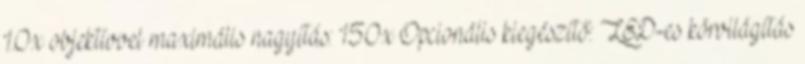
1.0x objektívvel maximális nagyítás: 150x Opcionális kiegészítő: LED-es körvilágítás